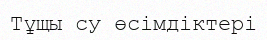
Тұщы су өсімдіктері